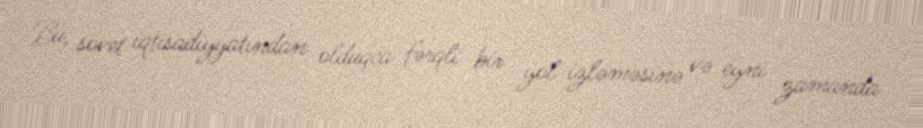
Bu, sovet iqtisadiyyatından olduqca fərqli bir yol izləməsinə və eyni zamanda